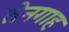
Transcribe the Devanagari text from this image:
तेनगाह